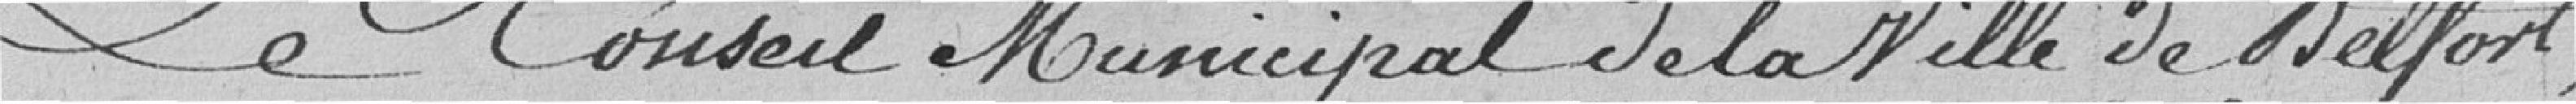
Le Conseil Municipal de la Ville de Belfort,